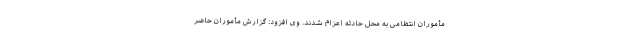
مأموران انتظامی به محل حادثه اعزام شدند. وی افزود: گزارش مأموران حاضر